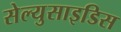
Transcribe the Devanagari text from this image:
सेल्युसाइडिस